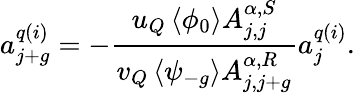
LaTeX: a_{j+g}^{q(i)}=-\frac{u_{Q}\left<\phi_{0}\right>A_{j,j}^{\alpha,S}}{v_{Q}\left<\psi_{-g}\right>A_{j,j+g}^{\alpha,R}}a_{j}^{q(i)}.